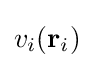
{v_{i}}({{\bf {r}}_{i}})